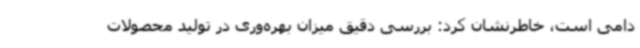
دامی است، خاطرنشان کرد: بررسی دقیق میزان بهره‌وری در تولید محصولات